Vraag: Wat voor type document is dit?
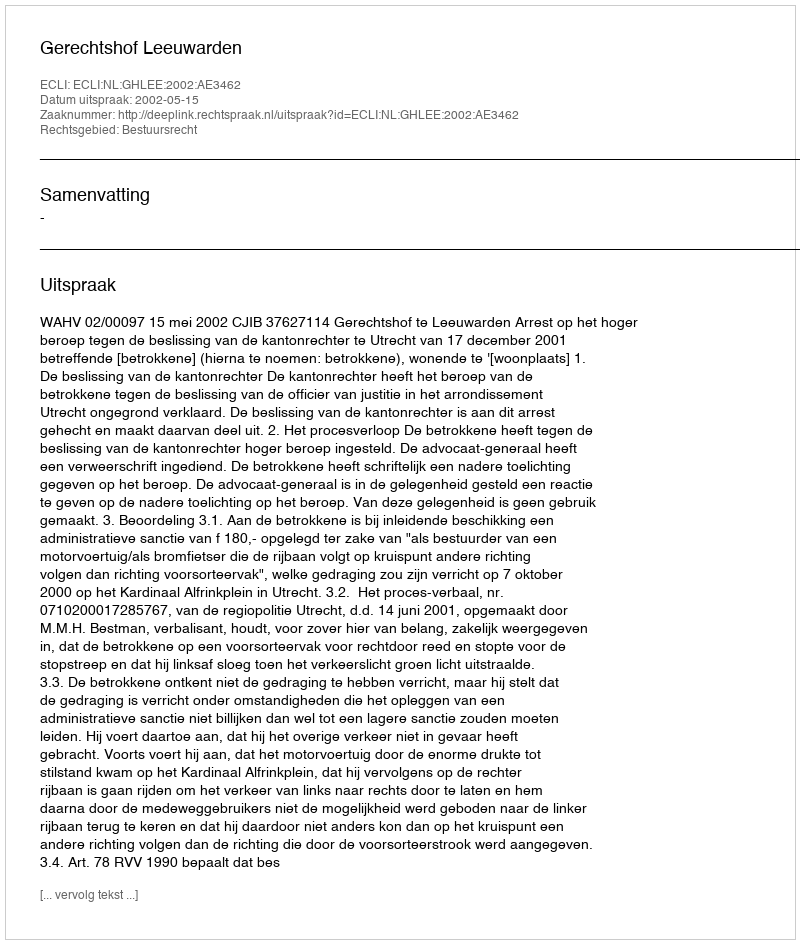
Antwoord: Uitspraak